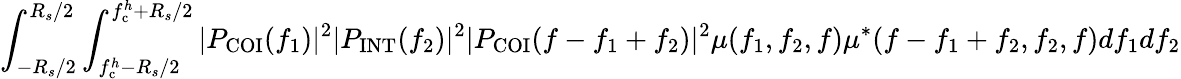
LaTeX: \int_{-R_{s}/2}^{R_{s}/2}\int_{f_{\mathrm{c}}^{h}-R_{s}/2}^{f_{\mathrm{c}}^{h}+R_{s}/2}|P_{\mathrm{COI}}(f_{1})|^{2}|P_{\mathrm{INT}}(f_{2})|^{2}|P_{\mathrm{COI}}(f-f_{1}+f_{2})|^{2}\mu(f_{1},f_{2},f)\mu^{*}(f-f_{1}+f_{2},f_{2},f)df_{1}df_{2}